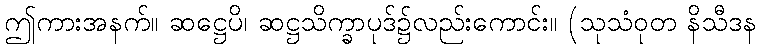
ဤကားအနက်။ ဆဋ္ဌေပိ၊ ဆဋ္ဌသိက္ခာပုဒ်၌လည်းကောင်း။ (သုသံဝုတ နိသီဒန